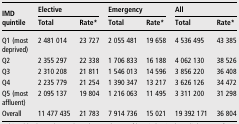
| <ROWSPAN=2> IMD quintile | <COLSPAN=2> Elective | <COLSPAN=2> Emergency | <COLSPAN=2> All |
 | Total | Rate* | Total | Rate* | Total | Rate* |
 | --- | --- | --- | --- | --- | --- | --- |
 | Q1 (most deprived) | 2 481 014 | 23 727 | 2 055 481 | 19 658 | 4 536 495 | 43 385 |
 | Q2 | 2 355 297 | 22 338 | 1 706 833 | 16 188 | 4 062 130 | 38 526 |
 | Q3 | 2 310 208 | 21 811 | 1 546 013 | 14 596 | 3 856 220 | 36 408 |
 | Q4 | 2 235 779 | 21 254 | 1 390 347 | 13 217 | 3 626 126 | 34 472 |
 | Q5 (most affluent) | 2 095 137 | 19 804 | 1 216 063 | 11 495 | 3 311 200 | 31 298 |
 | Overall | 11 477 435 | 21 783 | 7 914 736 | 15 021 | 19 392 171 | 36 804 |